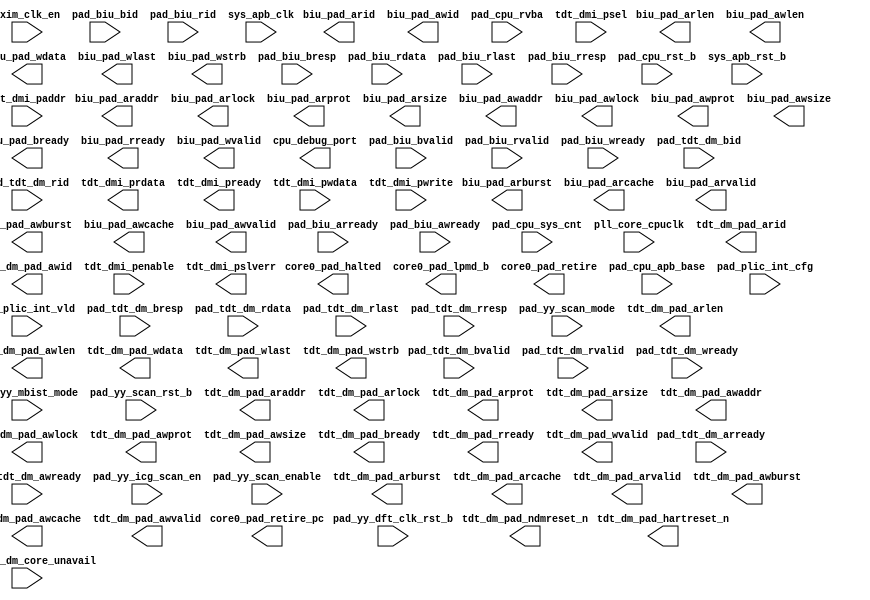
/*Copyright 2020-2021 T-Head Semiconductor Co., Ltd.

Licensed under the Apache License, Version 2.0 (the "License");
you may not use this file except in compliance with the License.
You may obtain a copy of the License at

    http://www.apache.org/licenses/LICENSE-2.0

Unless required by applicable law or agreed to in writing, software
distributed under the License is distributed on an "AS IS" BASIS,
WITHOUT WARRANTIES OR CONDITIONS OF ANY KIND, either express or implied.
See the License for the specific language governing permissions and
limitations under the License.
*/
module mp_top_golden_port(
  axim_clk_en,
  biu_pad_araddr,
  biu_pad_arburst,
  biu_pad_arcache,
  biu_pad_arid,
  biu_pad_arlen,
  biu_pad_arlock,
  biu_pad_arprot,
  biu_pad_arsize,
  biu_pad_arvalid,
  biu_pad_awaddr,
  biu_pad_awburst,
  biu_pad_awcache,
  biu_pad_awid,
  biu_pad_awlen,
  biu_pad_awlock,
  biu_pad_awprot,
  biu_pad_awsize,
  biu_pad_awvalid,
  biu_pad_bready,
  biu_pad_rready,
  biu_pad_wdata,
  biu_pad_wlast,
  biu_pad_wstrb,
  biu_pad_wvalid,
  core0_pad_halted,
  core0_pad_lpmd_b,
  core0_pad_retire,
  core0_pad_retire_pc,
  cpu_debug_port,
  pad_biu_arready,
  pad_biu_awready,
  pad_biu_bid,
  pad_biu_bresp,
  pad_biu_bvalid,
  pad_biu_rdata,
  pad_biu_rid,
  pad_biu_rlast,
  pad_biu_rresp,
  pad_biu_rvalid,
  pad_biu_wready,
  pad_cpu_apb_base,
  pad_cpu_rst_b,
  pad_cpu_rvba,
  pad_cpu_sys_cnt,
  pad_plic_int_cfg,
  pad_plic_int_vld,
  pad_tdt_dm_arready,
  pad_tdt_dm_awready,
  pad_tdt_dm_bid,
  pad_tdt_dm_bresp,
  pad_tdt_dm_bvalid,
  pad_tdt_dm_core_unavail,
  pad_tdt_dm_rdata,
  pad_tdt_dm_rid,
  pad_tdt_dm_rlast,
  pad_tdt_dm_rresp,
  pad_tdt_dm_rvalid,
  pad_tdt_dm_wready,
  pad_yy_dft_clk_rst_b,
  pad_yy_icg_scan_en,
  pad_yy_mbist_mode,
  pad_yy_scan_enable,
  pad_yy_scan_mode,
  pad_yy_scan_rst_b,
  pll_core_cpuclk,
  sys_apb_clk,
  sys_apb_rst_b,
  tdt_dm_pad_araddr,
  tdt_dm_pad_arburst,
  tdt_dm_pad_arcache,
  tdt_dm_pad_arid,
  tdt_dm_pad_arlen,
  tdt_dm_pad_arlock,
  tdt_dm_pad_arprot,
  tdt_dm_pad_arsize,
  tdt_dm_pad_arvalid,
  tdt_dm_pad_awaddr,
  tdt_dm_pad_awburst,
  tdt_dm_pad_awcache,
  tdt_dm_pad_awid,
  tdt_dm_pad_awlen,
  tdt_dm_pad_awlock,
  tdt_dm_pad_awprot,
  tdt_dm_pad_awsize,
  tdt_dm_pad_awvalid,
  tdt_dm_pad_bready,
  tdt_dm_pad_hartreset_n,
  tdt_dm_pad_ndmreset_n,
  tdt_dm_pad_rready,
  tdt_dm_pad_wdata,
  tdt_dm_pad_wlast,
  tdt_dm_pad_wstrb,
  tdt_dm_pad_wvalid,
  tdt_dmi_paddr,
  tdt_dmi_penable,
  tdt_dmi_prdata,
  tdt_dmi_pready,
  tdt_dmi_psel,
  tdt_dmi_pslverr,
  tdt_dmi_pwdata,
  tdt_dmi_pwrite
);

// &Ports; @3
input            axim_clk_en; 
input            pad_biu_arready; 
input            pad_biu_awready; 
input   [7  :0]  pad_biu_bid; 
input   [1  :0]  pad_biu_bresp; 
input            pad_biu_bvalid; 
input   [127:0]  pad_biu_rdata; 
input   [7  :0]  pad_biu_rid; 
input            pad_biu_rlast; 
input   [1  :0]  pad_biu_rresp; 
input            pad_biu_rvalid; 
input            pad_biu_wready; 
input   [39 :0]  pad_cpu_apb_base; 
input            pad_cpu_rst_b; 
input   [39 :0]  pad_cpu_rvba; 
input   [63 :0]  pad_cpu_sys_cnt; 
input   [239:0]  pad_plic_int_cfg; 
input   [239:0]  pad_plic_int_vld; 
input            pad_tdt_dm_arready; 
input            pad_tdt_dm_awready; 
input   [3  :0]  pad_tdt_dm_bid; 
input   [1  :0]  pad_tdt_dm_bresp; 
input            pad_tdt_dm_bvalid; 
input            pad_tdt_dm_core_unavail; 
input   [127:0]  pad_tdt_dm_rdata; 
input   [3  :0]  pad_tdt_dm_rid; 
input            pad_tdt_dm_rlast; 
input   [1  :0]  pad_tdt_dm_rresp; 
input            pad_tdt_dm_rvalid; 
input            pad_tdt_dm_wready; 
input            pad_yy_dft_clk_rst_b; 
input            pad_yy_icg_scan_en; 
input            pad_yy_mbist_mode; 
input            pad_yy_scan_enable; 
input            pad_yy_scan_mode; 
input            pad_yy_scan_rst_b; 
input            pll_core_cpuclk; 
input            sys_apb_clk; 
input            sys_apb_rst_b; 
input   [11 :0]  tdt_dmi_paddr; 
input            tdt_dmi_penable; 
input            tdt_dmi_psel; 
input   [31 :0]  tdt_dmi_pwdata; 
input            tdt_dmi_pwrite; 
output  [39 :0]  biu_pad_araddr; 
output  [1  :0]  biu_pad_arburst; 
output  [3  :0]  biu_pad_arcache; 
output  [7  :0]  biu_pad_arid; 
output  [7  :0]  biu_pad_arlen; 
output           biu_pad_arlock; 
output  [2  :0]  biu_pad_arprot; 
output  [2  :0]  biu_pad_arsize; 
output           biu_pad_arvalid; 
output  [39 :0]  biu_pad_awaddr; 
output  [1  :0]  biu_pad_awburst; 
output  [3  :0]  biu_pad_awcache; 
output  [7  :0]  biu_pad_awid; 
output  [7  :0]  biu_pad_awlen; 
output           biu_pad_awlock; 
output  [2  :0]  biu_pad_awprot; 
output  [2  :0]  biu_pad_awsize; 
output           biu_pad_awvalid; 
output           biu_pad_bready; 
output           biu_pad_rready; 
output  [127:0]  biu_pad_wdata; 
output           biu_pad_wlast; 
output  [15 :0]  biu_pad_wstrb; 
output           biu_pad_wvalid; 
output           core0_pad_halted; 
output  [1  :0]  core0_pad_lpmd_b; 
output           core0_pad_retire; 
output  [39 :0]  core0_pad_retire_pc; 
output           cpu_debug_port; 
output  [39 :0]  tdt_dm_pad_araddr; 
output  [1  :0]  tdt_dm_pad_arburst; 
output  [3  :0]  tdt_dm_pad_arcache; 
output  [3  :0]  tdt_dm_pad_arid; 
output  [3  :0]  tdt_dm_pad_arlen; 
output           tdt_dm_pad_arlock; 
output  [2  :0]  tdt_dm_pad_arprot; 
output  [2  :0]  tdt_dm_pad_arsize; 
output           tdt_dm_pad_arvalid; 
output  [39 :0]  tdt_dm_pad_awaddr; 
output  [1  :0]  tdt_dm_pad_awburst; 
output  [3  :0]  tdt_dm_pad_awcache; 
output  [3  :0]  tdt_dm_pad_awid; 
output  [3  :0]  tdt_dm_pad_awlen; 
output           tdt_dm_pad_awlock; 
output  [2  :0]  tdt_dm_pad_awprot; 
output  [2  :0]  tdt_dm_pad_awsize; 
output           tdt_dm_pad_awvalid; 
output           tdt_dm_pad_bready; 
output           tdt_dm_pad_hartreset_n; 
output           tdt_dm_pad_ndmreset_n; 
output           tdt_dm_pad_rready; 
output  [127:0]  tdt_dm_pad_wdata; 
output           tdt_dm_pad_wlast; 
output  [15 :0]  tdt_dm_pad_wstrb; 
output           tdt_dm_pad_wvalid; 
output  [31 :0]  tdt_dmi_prdata; 
output           tdt_dmi_pready; 
output           tdt_dmi_pslverr; 


// &Force("input","pll_core_cpuclk");                 @5
// &Force("input","axim_clk_en");                     @6
// &Force("input","pad_cpu_rst_b");                   @7
// //&Force("input","pad_cpu0_hartid");                   &Force("bus","pad_cpu0_hartid",2,0); @8
//AXI master IF
// &Force("input","pad_biu_arready");                 @10
// &Force("input","pad_biu_awready");                 @11
// &Force("input","pad_biu_wready"); @12
// &Force("input","pad_biu_bid");                      &Force("bus","pad_biu_bid",7,0); @13
// &Force("input","pad_biu_bresp");                    &Force("bus","pad_biu_bresp", 1,0); @14
// &Force("input","pad_biu_bvalid");                  @15
// &Force("input","pad_biu_rdata");                    &Force("bus","pad_biu_rdata",127,0);               @16
// &Force("input","pad_biu_rvalid");                  @17
// &Force("input","pad_biu_rid");                      &Force("bus","pad_biu_rid",7,0);                  @18
// &Force("input","pad_biu_rlast");                                      @19
// &Force("input","pad_biu_rresp");                    &Force("bus","pad_biu_rresp",1,0); @20
// //&Force("input","pad_biu_csysreq");                 @21

// &Force("output", "biu_pad_araddr");                 &Force("bus","biu_pad_araddr",39,0);             @23
// &Force("output", "biu_pad_arburst");                &Force("bus","biu_pad_arburst",1,0);             @24
// &Force("output", "biu_pad_arcache");                &Force("bus","biu_pad_arcache",3,0); @25
// &Force("output", "biu_pad_arid");                   &Force("bus","biu_pad_arid",7,0); @26
// &Force("output", "biu_pad_arlen");                  &Force("bus","biu_pad_arlen",7,0); @27
// &Force("output", "biu_pad_arlock");                  @28
// &Force("output", "biu_pad_arprot");                 &Force("bus","biu_pad_arprot",2,0); @29
// &Force("output", "biu_pad_arsize");                 &Force("bus","biu_pad_arsize",2,0); @30
// &Force("output", "biu_pad_arvalid");                 @31
// &Force("output", "biu_pad_awaddr");                 &Force("bus","biu_pad_awaddr",39,0); @32
// &Force("output", "biu_pad_awburst");                &Force("bus","biu_pad_awburst",1,0); @33
// &Force("output", "biu_pad_awcache");                &Force("bus","biu_pad_awcache",3,0); @34
// &Force("output", "biu_pad_awid");                   &Force("bus","biu_pad_awid",7,0); @35
// &Force("output", "biu_pad_awlen");                  &Force("bus","biu_pad_awlen",7,0); @36
// &Force("output", "biu_pad_awlock");                  @37
// &Force("output", "biu_pad_awprot");                 &Force("bus","biu_pad_awprot",2,0); @38
// &Force("output", "biu_pad_awsize");                 &Force("bus","biu_pad_awsize",2,0); @39
// &Force("output", "biu_pad_awvalid");                 @40
// &Force("output", "biu_pad_bready");                  @41
// &Force("output", "biu_pad_rready");                  @42
// &Force("output", "biu_pad_wdata");                  &Force("bus","biu_pad_wdata",127,0); @43
// &Force("output", "biu_pad_wlast");                   @44
// &Force("output", "biu_pad_wstrb");                  &Force("bus","biu_pad_wstrb",15,0); @45
// &Force("output", "biu_pad_wvalid");                  @46

// &Force("input","tdt_dmi_paddr");                    &Force("bus","tdt_dmi_paddr",11,0); @48
// &Force("input","tdt_dmi_pwrite"); @49
// &Force("input","tdt_dmi_psel"); @51
// &Force("input","tdt_dmi_psel");                     &Force("bus","tdt_dmi_psel",`TDT_COMP_NUM-1,0); @53
// &Force("input","tdt_dmi_penable"); @55
// &Force("input","tdt_dmi_pwdata");                   &Force("bus","tdt_dmi_pwdata",31,0); @56
// &Force("output","tdt_dmi_prdata");                  &Force("bus","tdt_dmi_prdata",`TDT_COMP_NUM*32-1,0); @57
// &Force("output","tdt_dmi_pready"); @59
// &Force("output","tdt_dmi_pslverr"); @60
// &Force("output","tdt_dmi_pready");                  &Force("bus","tdt_dmi_pready",`TDT_COMP_NUM-1,0); @62
// &Force("output","tdt_dmi_pslverr");                 &Force("bus","tdt_dmi_pslverr",`TDT_COMP_NUM-1,0); @63

// &Force("output","tdt_dm_pad_ndmreset_n"); @66
// &Force("output","tdt_dm_pad_hartreset_n"); @68
// &Force("input","pad_tdt_dm_core_unavail"); @69
// &Force("output","tdt_dm_pad_hartreset_n");           &Force("bus","tdt_dm_pad_hartreset_n",`TDT_DM_CORE_NUM-1,0); @71
// &Force("input","pad_tdt_dm_core_unavail");          &Force("bus","pad_tdt_dm_core_unavail",`TDT_DM_CORE_NUM-1,0); @72

// &Force("input","sys_apb_rst_b"); @75

// &Force("input","sys_apb_clk"); @77
// &Force("input","sys_apb_clk_en"); @80

// &Force("input","pad_tdt_dm_halt_req");              &Force("bus","pad_tdt_dm_halt_req",`TDT_DM_EXTHALTTRI_NUM-1,0); @84
// &Force("input","pad_tdt_dm_resume_req");            &Force("bus","pad_tdt_dm_resume_req",`TDT_DM_EXTRESUMETRI_NUM-1,0); @85
// &Force("output","tdt_dm_pad_halt_req");             &Force("bus","tdt_dm_pad_halt_req",`TDT_DM_EXTHALTTRI_NUM-1,0); @86
// &Force("output","tdt_dm_pad_resume_req");           &Force("bus","tdt_dm_pad_resume_req",`TDT_DM_EXTRESUMETRI_NUM-1,0); @87

// &Force("output","tdt_dm_pad_awid");                 &Force("bus","tdt_dm_pad_awid",3,0); @91
// &Force("output","tdt_dm_pad_awaddr");               &Force("bus","tdt_dm_pad_awaddr",`TDT_DM_SBAW-1,0); @92
// &Force("output","tdt_dm_pad_awlen");                &Force("bus","tdt_dm_pad_awlen",3,0); @93
// &Force("output","tdt_dm_pad_awsize");               &Force("bus","tdt_dm_pad_awsize",2,0); @94
// &Force("output","tdt_dm_pad_awvalid"); @95
// &Force("input","pad_tdt_dm_awready"); @96
// &Force("output","tdt_dm_pad_wdata");                &Force("bus","tdt_dm_pad_wdata",`TDT_DM_SBA_DW-1,0); @97
// &Force("output","tdt_dm_pad_wvalid"); @98
// &Force("output","tdt_dm_pad_wlast"); @99
// &Force("output","tdt_dm_pad_wstrb");                &Force("bus","tdt_dm_pad_wstrb",`TDT_DM_SBA_BW-1,0); @100
// &Force("input","pad_tdt_dm_wready"); @101
// &Force("output","tdt_dm_pad_bready"); @102
// &Force("input","pad_tdt_dm_bid");                   &Force("bus","pad_tdt_dm_bid",3,0); @103
// &Force("input","pad_tdt_dm_bresp");                 &Force("bus","pad_tdt_dm_bresp",1,0); @104
// &Force("input","pad_tdt_dm_bvalid"); @105

// &Force("output","tdt_dm_pad_arid");                 &Force("bus","tdt_dm_pad_arid",3,0); @107
// &Force("output","tdt_dm_pad_araddr");               &Force("bus","tdt_dm_pad_araddr",`TDT_DM_SBAW-1,0); @108
// &Force("output","tdt_dm_pad_arlen");                &Force("bus","tdt_dm_pad_arlen",3,0); @109
// &Force("output","tdt_dm_pad_arsize");               &Force("bus","tdt_dm_pad_arsize",2,0); @110
// &Force("output","tdt_dm_pad_arvalid"); @111
// &Force("input","pad_tdt_dm_arready"); @112

// &Force("input","pad_tdt_dm_rid");                   &Force("bus","pad_tdt_dm_rid",3,0); @114
// &Force("input","pad_tdt_dm_rdata");                 &Force("bus","pad_tdt_dm_rdata",`TDT_DM_SBA_DW-1,0); @115
// &Force("input","pad_tdt_dm_rvalid"); @116
// &Force("input","pad_tdt_dm_rlast"); @117
// &Force("input","pad_tdt_dm_rresp");                 &Force("bus","pad_tdt_dm_rresp",1,0); @118

// &Force("output","tdt_dm_pad_rready"); @120

// &Force("output","tdt_dm_pad_awburst");              &Force("bus","tdt_dm_pad_awburst",1,0); @122
// &Force("output","tdt_dm_pad_awcache");              &Force("bus","tdt_dm_pad_awcache",3,0); @123
// &Force("output","tdt_dm_pad_awlock");                @124
// &Force("output","tdt_dm_pad_awprot");               &Force("bus","tdt_dm_pad_awprot",2,0); @125
// &Force("output","tdt_dm_pad_arburst");              &Force("bus","tdt_dm_pad_arburst",1,0); @126
// &Force("output","tdt_dm_pad_arcache");              &Force("bus","tdt_dm_pad_arcache",3,0); @127
// &Force("output","tdt_dm_pad_arlock");                @128
// &Force("output","tdt_dm_pad_arprot");               &Force("bus","tdt_dm_pad_arprot",2,0); @129
// &Force("output","tdt_dm_pad_htrans");               &Force("bus","tdt_dm_pad_htrans",1,0); @132
// &Force("output","tdt_dm_pad_haddr");                &Force("bus","tdt_dm_pad_haddr",`TDT_DM_SBAW-1,0); @133
// &Force("output","tdt_dm_pad_hwrite"); @134
// &Force("output","tdt_dm_pad_hburst");               &Force("bus","tdt_dm_pad_hburst",2,0); @135
// &Force("output","tdt_dm_pad_hsize");                &Force("bus","tdt_dm_pad_hsize",2,0); @136
// &Force("output","tdt_dm_pad_hwdata");               &Force("bus","tdt_dm_pad_hwdata",`TDT_DM_SBA_DW-1,0); @137
// &Force("output","tdt_dm_pad_hprot");                &Force("bus","tdt_dm_pad_hprot",3,0); @138
// &Force("output","tdt_dm_pad_hmastlock"); @139
// &Force("input","pad_tdt_dm_hrdata");                &Force("bus","pad_tdt_dm_hrdata",`TDT_DM_SBA_DW-1,0); @140
// &Force("input","pad_tdt_dm_hready"); @141
// &Force("input","pad_tdt_dm_hresp"); @142


// //&Force("output", "biu_pad_cactive");                 @146
// //&Force("output", "biu_pad_csysack");                 @147

// &Force("input", "pad_cpu_rvba");                    &Force("bus","pad_cpu_rvba",39,0);             @149
//mbist
// &Force("input", "pad_yy_mbist_mode");              @151
// &Force("input", "pad_yy_dft_clk_rst_b"); @152

//scan
// &Force("input", "pad_yy_icg_scan_en");            @155
// &Force("input", "pad_yy_scan_mode");                @156
// &Force("input", "pad_yy_scan_enable");                @157
// &Force("input", "pad_yy_scan_rst_b");                @158
// //&Force("output", "cpu_pad_no_op");                   @159

// &Force("output", "cpu_debug_port");                   @162

// //&Force("input", "pad_core0_rst_b");                 @166
// &Force("output", "core0_pad_lpmd_b");             &Force("bus","core0_pad_lpmd_b",1,0); @167
// &Force("output", "core0_pad_halted"); @168

// &Force("input","pad_cpu_apb_base");               &Force("bus","pad_cpu_apb_base",39,0); @171
// &Force("input","pad_cpu_sys_cnt");                &Force("bus","pad_cpu_sys_cnt",63,0);             @172

// &Force("input","pad_plic_int_vld");               &Force("bus","pad_plic_int_vld",`PLIC_INT_NUM-1,0); @175
// &Force("input","pad_plic_int_cfg");               &Force("bus","pad_plic_int_cfg",`PLIC_INT_NUM-1,0); @176
// &Force("input","pad_cpu_mint_req");               &Force("bus","pad_cpu_mint_req",`HART_NUM-1,0); @178
// &Force("input","pad_cpu_sint_req");               &Force("bus","pad_cpu_sint_req",`HART_NUM-1,0); @179

// &Force("output", "core0_pad_retire"); @182
// &Force("output", "core0_pad_retire_pc");          &Force("bus", "core0_pad_retire_pc",39,0); @183

// &Force("output", "core0_pad_retire_split");        @186
// &Force("output", "core0_pad_wb0_data");           &Force("bus", "core0_pad_wb0_data",63,0); @187
// &Force("output", "core0_pad_wb0_reg");            &Force("bus", "core0_pad_wb0_reg",5,0); @188
// &Force("output", "core0_pad_wb0_vld"); @189
// &Force("output", "core0_pad_wb1_data");           &Force("bus", "core0_pad_wb1_data",63,0); @190
// &Force("output", "core0_pad_wb1_reg");            &Force("bus", "core0_pad_wb1_reg",5,0); @191
// &Force("output", "core0_pad_wb1_vld"); @192
// &Force("output", "core0_pad_sc_pass"); @193
// &Force("output", "core0_pad_vpr_bank0_wb_data");  &Force("bus","core0_pad_vpr_bank0_wb_data",`BANK_WIDTH-1,0); @196
// &Force("output", "core0_pad_vpr_bank0_wb_reg");   &Force("bus","core0_pad_vpr_bank0_wb_reg",4,0); @197
// &Force("output", "core0_pad_vpr_bank0_wb_vld");    @198
// &Force("output", "core0_pad_vpr_bank1_wb_data");  &Force("bus","core0_pad_vpr_bank1_wb_data",`BANK_WIDTH-1,0); @199
// &Force("output", "core0_pad_vpr_bank1_wb_reg");   &Force("bus","core0_pad_vpr_bank1_wb_reg",4,0); @200
// &Force("output", "core0_pad_vpr_bank1_wb_vld"); @201
// &Force("output", "core0_pad_vpr_bank0_fflags");   &Force("bus","core0_pad_vpr_bank0_fflags",5,0); @203
// &Force("output", "core0_pad_vpr_bank0_fflags_vld");    @204
// &Force("output", "core0_pad_vpr_bank1_fflags");   &Force("bus","core0_pad_vpr_bank1_fflags",5,0); @206
// &Force("output", "core0_pad_vpr_bank1_fflags_vld"); @207
// &Force("output", "core0_pad_fpr_wb_data");        &Force("bus","core0_pad_fpr_wb_data",63,0); @209
// &Force("output", "core0_pad_fpr_wb_reg");         &Force("bus","core0_pad_fpr_wb_reg",4,0); @210
// &Force("output", "core0_pad_fpr_wb_vld");          @211
// &Force("output", "core0_pad_fpr_fflags");   &Force("bus","core0_pad_fpr_fflags",5,0); @213
// &Force("output", "core0_pad_fpr_fflags_vld");    @214
// &Force("output", "core0_pad_gpr_fflags");   &Force("bus","core0_pad_gpr_fflags",5,0); @216
// &Force("output", "core0_pad_gpr_fflags_vld"); @217
// &ModuleEnd; @221
endmodule